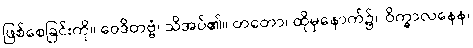
ဖြစ်စေခြင်းကို။ ဝေဒိတဗ္ဗံ၊ သိအပ်၏။ တတော၊ ထိုမှနောက်၌။ ဝိက္ခာလနေန၊